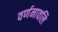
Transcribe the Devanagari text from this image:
वर्णनावलि